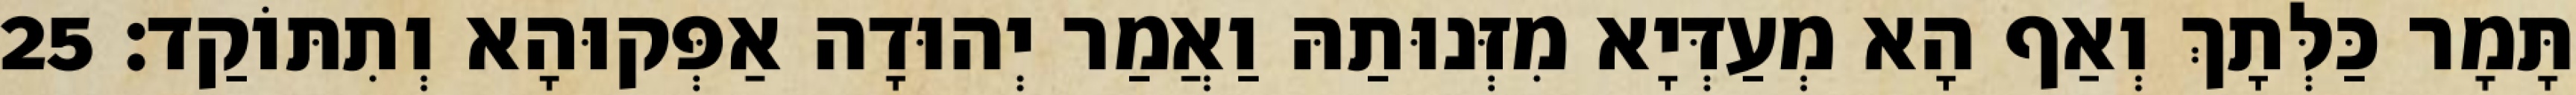
תָּמָר כַּלְּתָךְ וְאַף הָא מְעַדְּיָא מִזְּנוּתַהּ וַאֲמַר יְהוּדָה אַפְּקוּהָא וְתִתּוֹקַד׃ 25